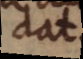
dat.